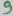
Text: 9